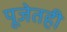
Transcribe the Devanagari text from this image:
पूजेतही